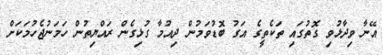
އޭނާ ވިދާޅުވި ގޮތުގައި ތަކެތީގެ އަގު ބޮޑުވަމުން ދިއުމާ ގުޅިގެން ރައްޔިތުން ހަމަނުޖެހުމަކަށް